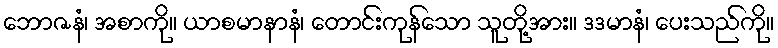
ဘောဇနံ၊ အစာကို။ ယာစမာနာနံ၊ တောင်းကုန်သော သူတို့အား။ ဒဒမာနံ၊ ပေးသည်ကို။